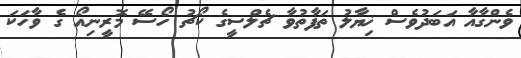
ވެންގާއާ އަބަދުވެސް ޚިޔާލު ތަފާތުވާ ޗެލްސީގެ ކޯޗު ހޯސޭ މޮރީނިއޯ ގެ ވާހަކަ